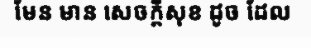
មែន មាន សេចក្តីសុខ ដូច ដែល